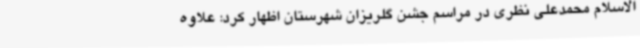
الاسلام محمدعلی نظری در مراسم جشن گلریزان شهرستان اظهار کرد: علاوه